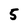
Character: 5